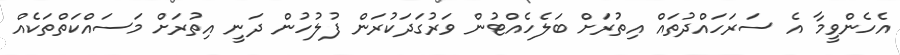
އެހެންވީމާ އެ ސަރަހައްދުތައް އިތުރަށް ބަލެހެއްޓުން ވަރުގަދަކުރަން ފުލުހުން ދަނީ އިތުރަށް މަސައްކަތްތަކެއް